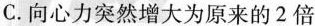
C.向心力突然增大为原来的2倍